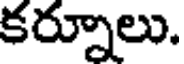
కర్నూలు.